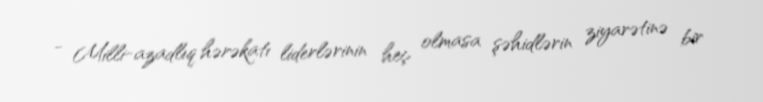
- Milli-azadlıq hərəkatı liderlərinin heç olmasa şəhidlərin ziyarətinə bir